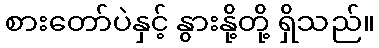
စားတော်ပဲနှင့် နွားနို့တို့ ရှိသည်။